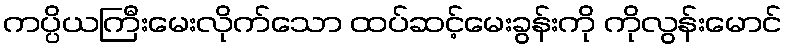
ကပ္ပိယကြီးမေးလိုက်သော ထပ်ဆင့်မေးခွန်းကို ကိုလွန်းမောင်